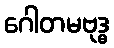
ဂေါတမဗုဒ္ဓ